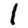
Digit: 1